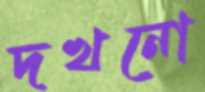
দখনো